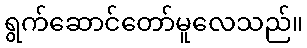
ရွက်ဆောင်တော်မူလေသည်။